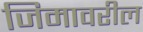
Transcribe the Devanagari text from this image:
जिमावरील